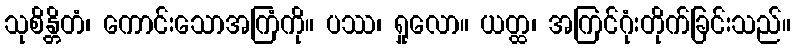
သုစိန္တိတံ၊ ကောင်းသောအကြံကို။ ပဿ၊ ရှုလော။ ယတ္ထ၊ အကြင်ဂုံးတိုက်ခြင်းသည်။